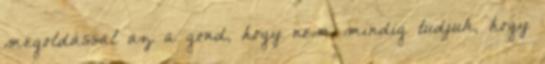
megoldással az a gond, hogy nem mindig tudjuk, hogy